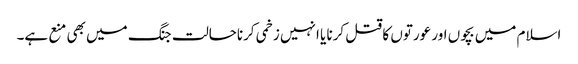
اسلام میں بچوں اور عورتوں کا قتل کرنا یا انہیں زخمی کرناحالت جنگ میں بھی منع ہے۔